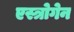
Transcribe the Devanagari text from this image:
एस्त्रोगेन